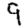
Digit: 9